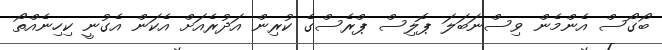
ބޯގޯސް އެންމެން ވިސްނަބަލަ ޕޮލިސް ޕްރެސްގެ ކުރިން އަދުރެއަށް އެކަން އެގުނީ ކިހިނެއްތޯ